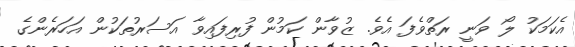
އެކަމަކު ލޯ ވަނީ ރަތްވެފަ އެވެ. ޒުވާން ކަމުން ފުރިފައިވާ އަސަރުތަކުން އަހަރެންގެ